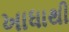
ખાધાથી